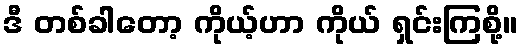
ဒီ တစ်ခါတော့ ကိုယ့်ဟာ ကိုယ် ရှင်းကြစို့။